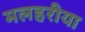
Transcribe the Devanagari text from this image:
मलहरीया